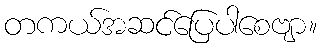
တကယ်အဆင်ပြေပါစေဗျာ။